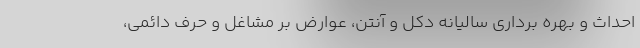
احداث و بهره برداری سالیانه دکل و آنتن، عوارض بر مشاغل و حرف دائمی،